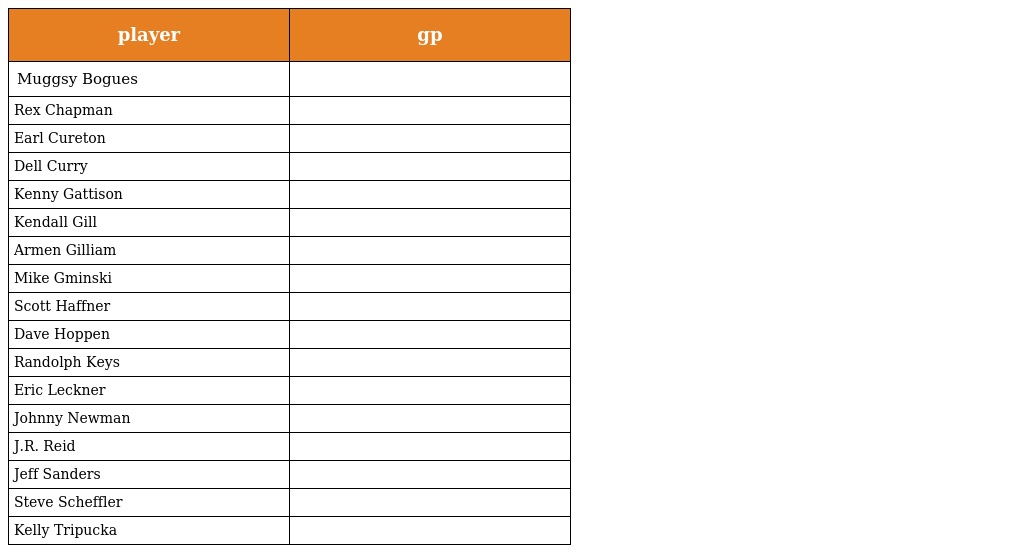
| player | gp |
 | --- | --- |
 | Muggsy Bogues |  |
 | Rex Chapman |  |
 | Earl Cureton |  |
 | Dell Curry |  |
 | Kenny Gattison |  |
 | Kendall Gill |  |
 | Armen Gilliam |  |
 | Mike Gminski |  |
 | Scott Haffner |  |
 | Dave Hoppen |  |
 | Randolph Keys |  |
 | Eric Leckner |  |
 | Johnny Newman |  |
 | J.R. Reid |  |
 | Jeff Sanders |  |
 | Steve Scheffler |  |
 | Kelly Tripucka |  |